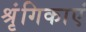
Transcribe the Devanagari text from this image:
श्रृंगिकाएं